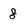
Character: 8